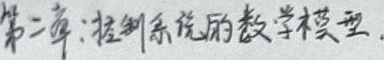
第二章：控制系统的数学模型.